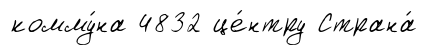
комму́на 4832 це́нтру Страна́